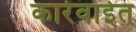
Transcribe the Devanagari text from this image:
कार्रवाईत